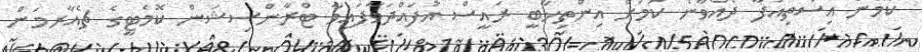
ކަމުން އިސްތިއުފާ ދެއްވާނެ ކަމަށް އިންތިޚާބީ ރައީސް އުފައްދަވާފައިވާ ޓްރާންސިޝަން ކޮމެޓީގެ ޗެއާރމަން